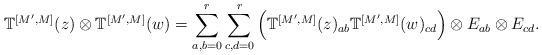
LaTeX: \begin{align*}\mathbb{T}^{[M', M]}(z)\otimes \mathbb{T}^{[M', M]}(w)=\sum_{a,b=0}^{r}\sum_{c, d=0}^{r} \left(\mathbb{T}^{[M', M]}(z)_{ab}\mathbb{T}^{[M', M]}(w)_{cd}\right)\otimes E_{ab}\otimes E_{cd}. \end{align*}